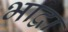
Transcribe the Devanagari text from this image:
भाद्वा